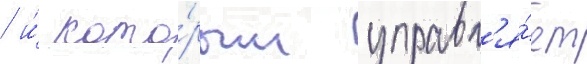
/ и́ кото́рым управл'я́ет